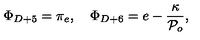
\Phi _ { D + 5 } = \pi _ { e } , \quad \Phi _ { D + 6 } = e - \frac { \kappa } { { \cal P } _ { o } } ,